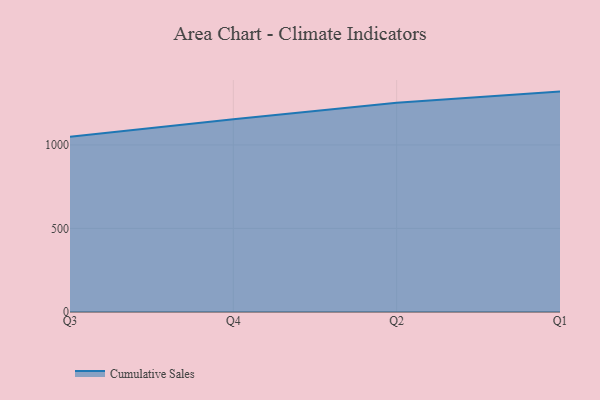
{"axis": {"x": "Quarter", "y": "Net Income (USD K)"}, "legend": ["Cumulative Sales"], "data": [{"x": "Q3", "y": 1049.3, "type": "Cumulative Sales"}, {"x": "Q4", "y": 1153.6, "type": "Cumulative Sales"}, {"x": "Q2", "y": 1251.8, "type": "Cumulative Sales"}, {"x": "Q1", "y": 1319.1, "type": "Cumulative Sales"}]}